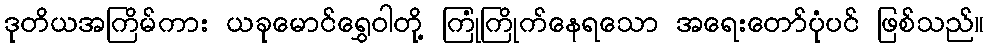
ဒုတိယအကြိမ်ကား ယခုမောင်ရွှေဝါတို့ ကြုံကြိုက်နေရသော အရေးတော်ပုံပင် ဖြစ်သည်။